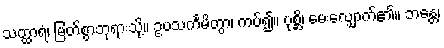
သတ္ထာရံ၊ မြတ်စွာဘုရားသို့။ ဥပသင်္ကမိတွာ၊ ကပ်၍။ ပုစ္ဆိ၊ မေးလျှောက်၏။ ဘန္တေ၊